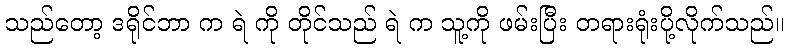
သည်တော့ ဒရိုင်ဘာ က ရဲ ကို တိုင်သည် ရဲ က သူ့ကို ဖမ်းပြီး တရားရုံးပို့လိုက်သည်။